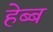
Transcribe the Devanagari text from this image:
हेब्ब